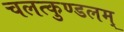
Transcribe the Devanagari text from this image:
चलत्कुण्डलम्